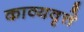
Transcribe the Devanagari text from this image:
काव्यवृत्ते